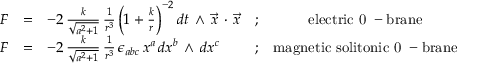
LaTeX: \begin{array} { r c l c c } { { F } } & { { = } } & { { - 2 \, \frac { k } { \sqrt { a ^ { 2 } + 1 } } \, \frac { 1 } { r ^ { 3 } } \left( 1 + \frac { k } { r } \right) ^ { - 2 } d t \, \wedge \, { \vec { x } } \, \cdot \, { \vec { x } } } } & { { ; } } & { { \mathrm { e l e c t r i c ~ 0 ~ - b r a n e } } } \\ { { { F } } } & { { = } } & { { - 2 \, \frac { k } { \sqrt { a ^ { 2 } + 1 } } \, \frac { 1 } { r ^ { 3 } } \, \epsilon _ { a b c } \, x ^ { a } \, d x ^ { b } \, \wedge \, d x ^ { c } } } & { { ; } } & { { \mathrm { m a g n e t i c ~ s o l i t o n i c ~ 0 ~ - b r a n e } } } \end{array}